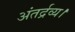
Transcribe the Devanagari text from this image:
अंतर्द्रव्य।